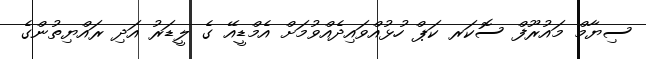
ސިޔާމް މައުރޫފް ސޮކަރ ކަޕް ހުޅުއްވައިދެއްވުމަށް އެމްޑީއޭ ގެ ލީޑަރު އަދި ރައްޔިތުންގެ